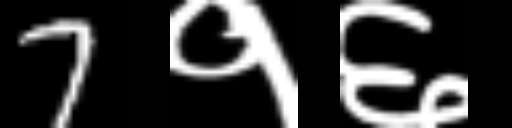
Text: 7१६